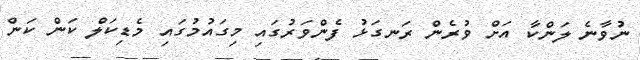
ނުވާނެ ލަންކާ އަށް ވުރެން ރަނގަޅު ފެންވަރުގައި މިގައުމުގައި މެޑިކަލް ކަން ކަން